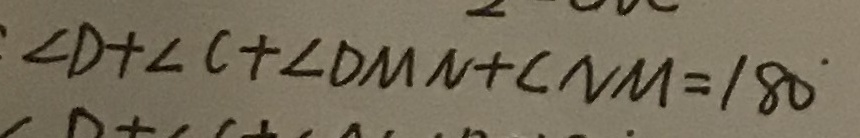
\angle D + \angle C + \angle D M N + \angle N M = 1 8 0 ^ { \circ }